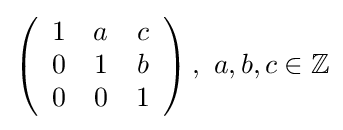
\left({\begin{array}{ccc}1&a&c\\0&1&b\\0&0&1\end{array}}\right),\ a,b,c\in \mathbb {Z}